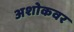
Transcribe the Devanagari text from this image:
अशोकवर